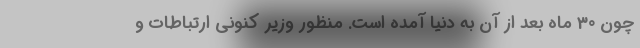
چون 30 ماه بعد از آن به دنیا آمده است. منظور وزیر کنونی ارتباطات و